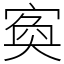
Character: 寏